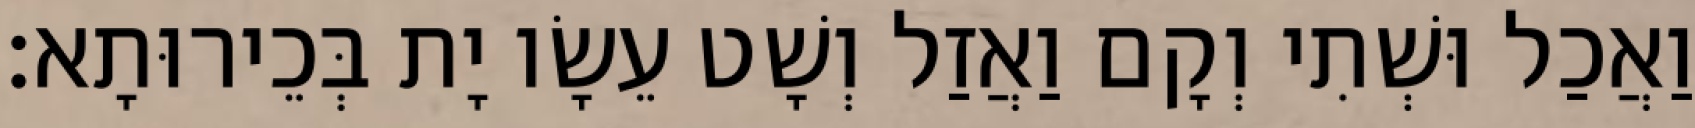
וַאֲכַל וּשְׁתִי וְקָם וַאֲזַל וְשָׁט עֵשָׂו יָת בְּכֵירוּתָא׃